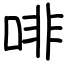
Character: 啡